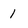
Character: 1